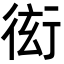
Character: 衒